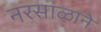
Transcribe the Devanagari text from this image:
नरसाळाने